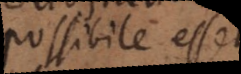
possibile esset